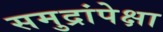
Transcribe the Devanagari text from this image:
समुद्रांपेक्षा